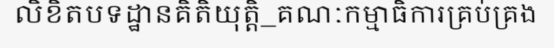
លិខិតបទដ្ឋានគិតិយុត្តិ_គណៈកម្មាធិការគ្រប់គ្រង